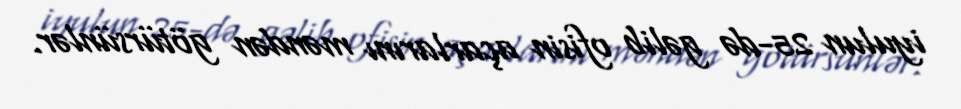
iyulun 25-də gəlib ofisin açarlarını məndən götürsünlər.